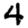
Digit: 4